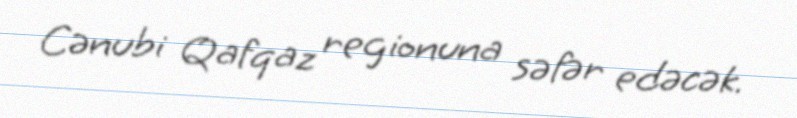
Cənubi Qafqaz regionuna səfər edəcək.